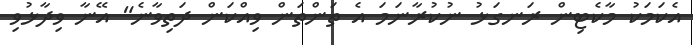
އެކަމަކު މާކެޓިން ރަނގަޅު ނުކުރާނަމަ އެ ތަންތަން ވިއްކަން ދަތިވާނެ" އޭނާ ވިދާޅުވި